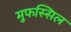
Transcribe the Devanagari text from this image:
मुफस्सिल